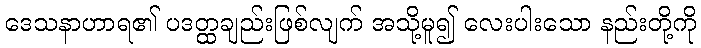
ဒေသနာဟာရ၏ ပဒတ္ထချည်းဖြစ်လျက် အသို့မူ၍ လေးပါးသော နည်းတို့ကို